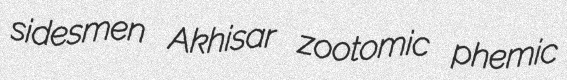
sidesmen Akhisar zootomic phemic